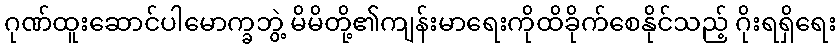
ဂုဏ်ထူးဆောင်ပါမောက္ခဘွဲ့ မိမိတို့၏ကျန်းမာရေးကိုထိခိုက်စေနိုင်သည့် ဂိုးရရှိရေး